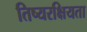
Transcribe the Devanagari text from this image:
तिष्यरक्षियता